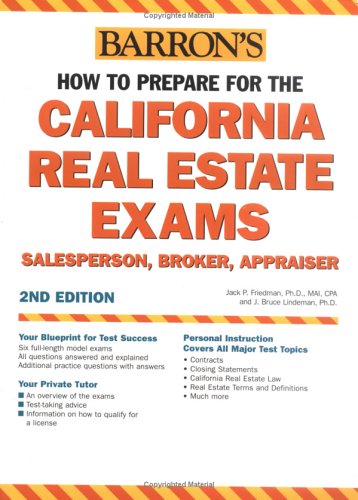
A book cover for How to Prepare for the California Real Estate Exam: Salesperson, Broker, Appraiser (Barron's How to Prepare for the California Real Estate Exam: Salespe); Jack P. Friedman Ph.D. MAI CPA; Test Preparation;